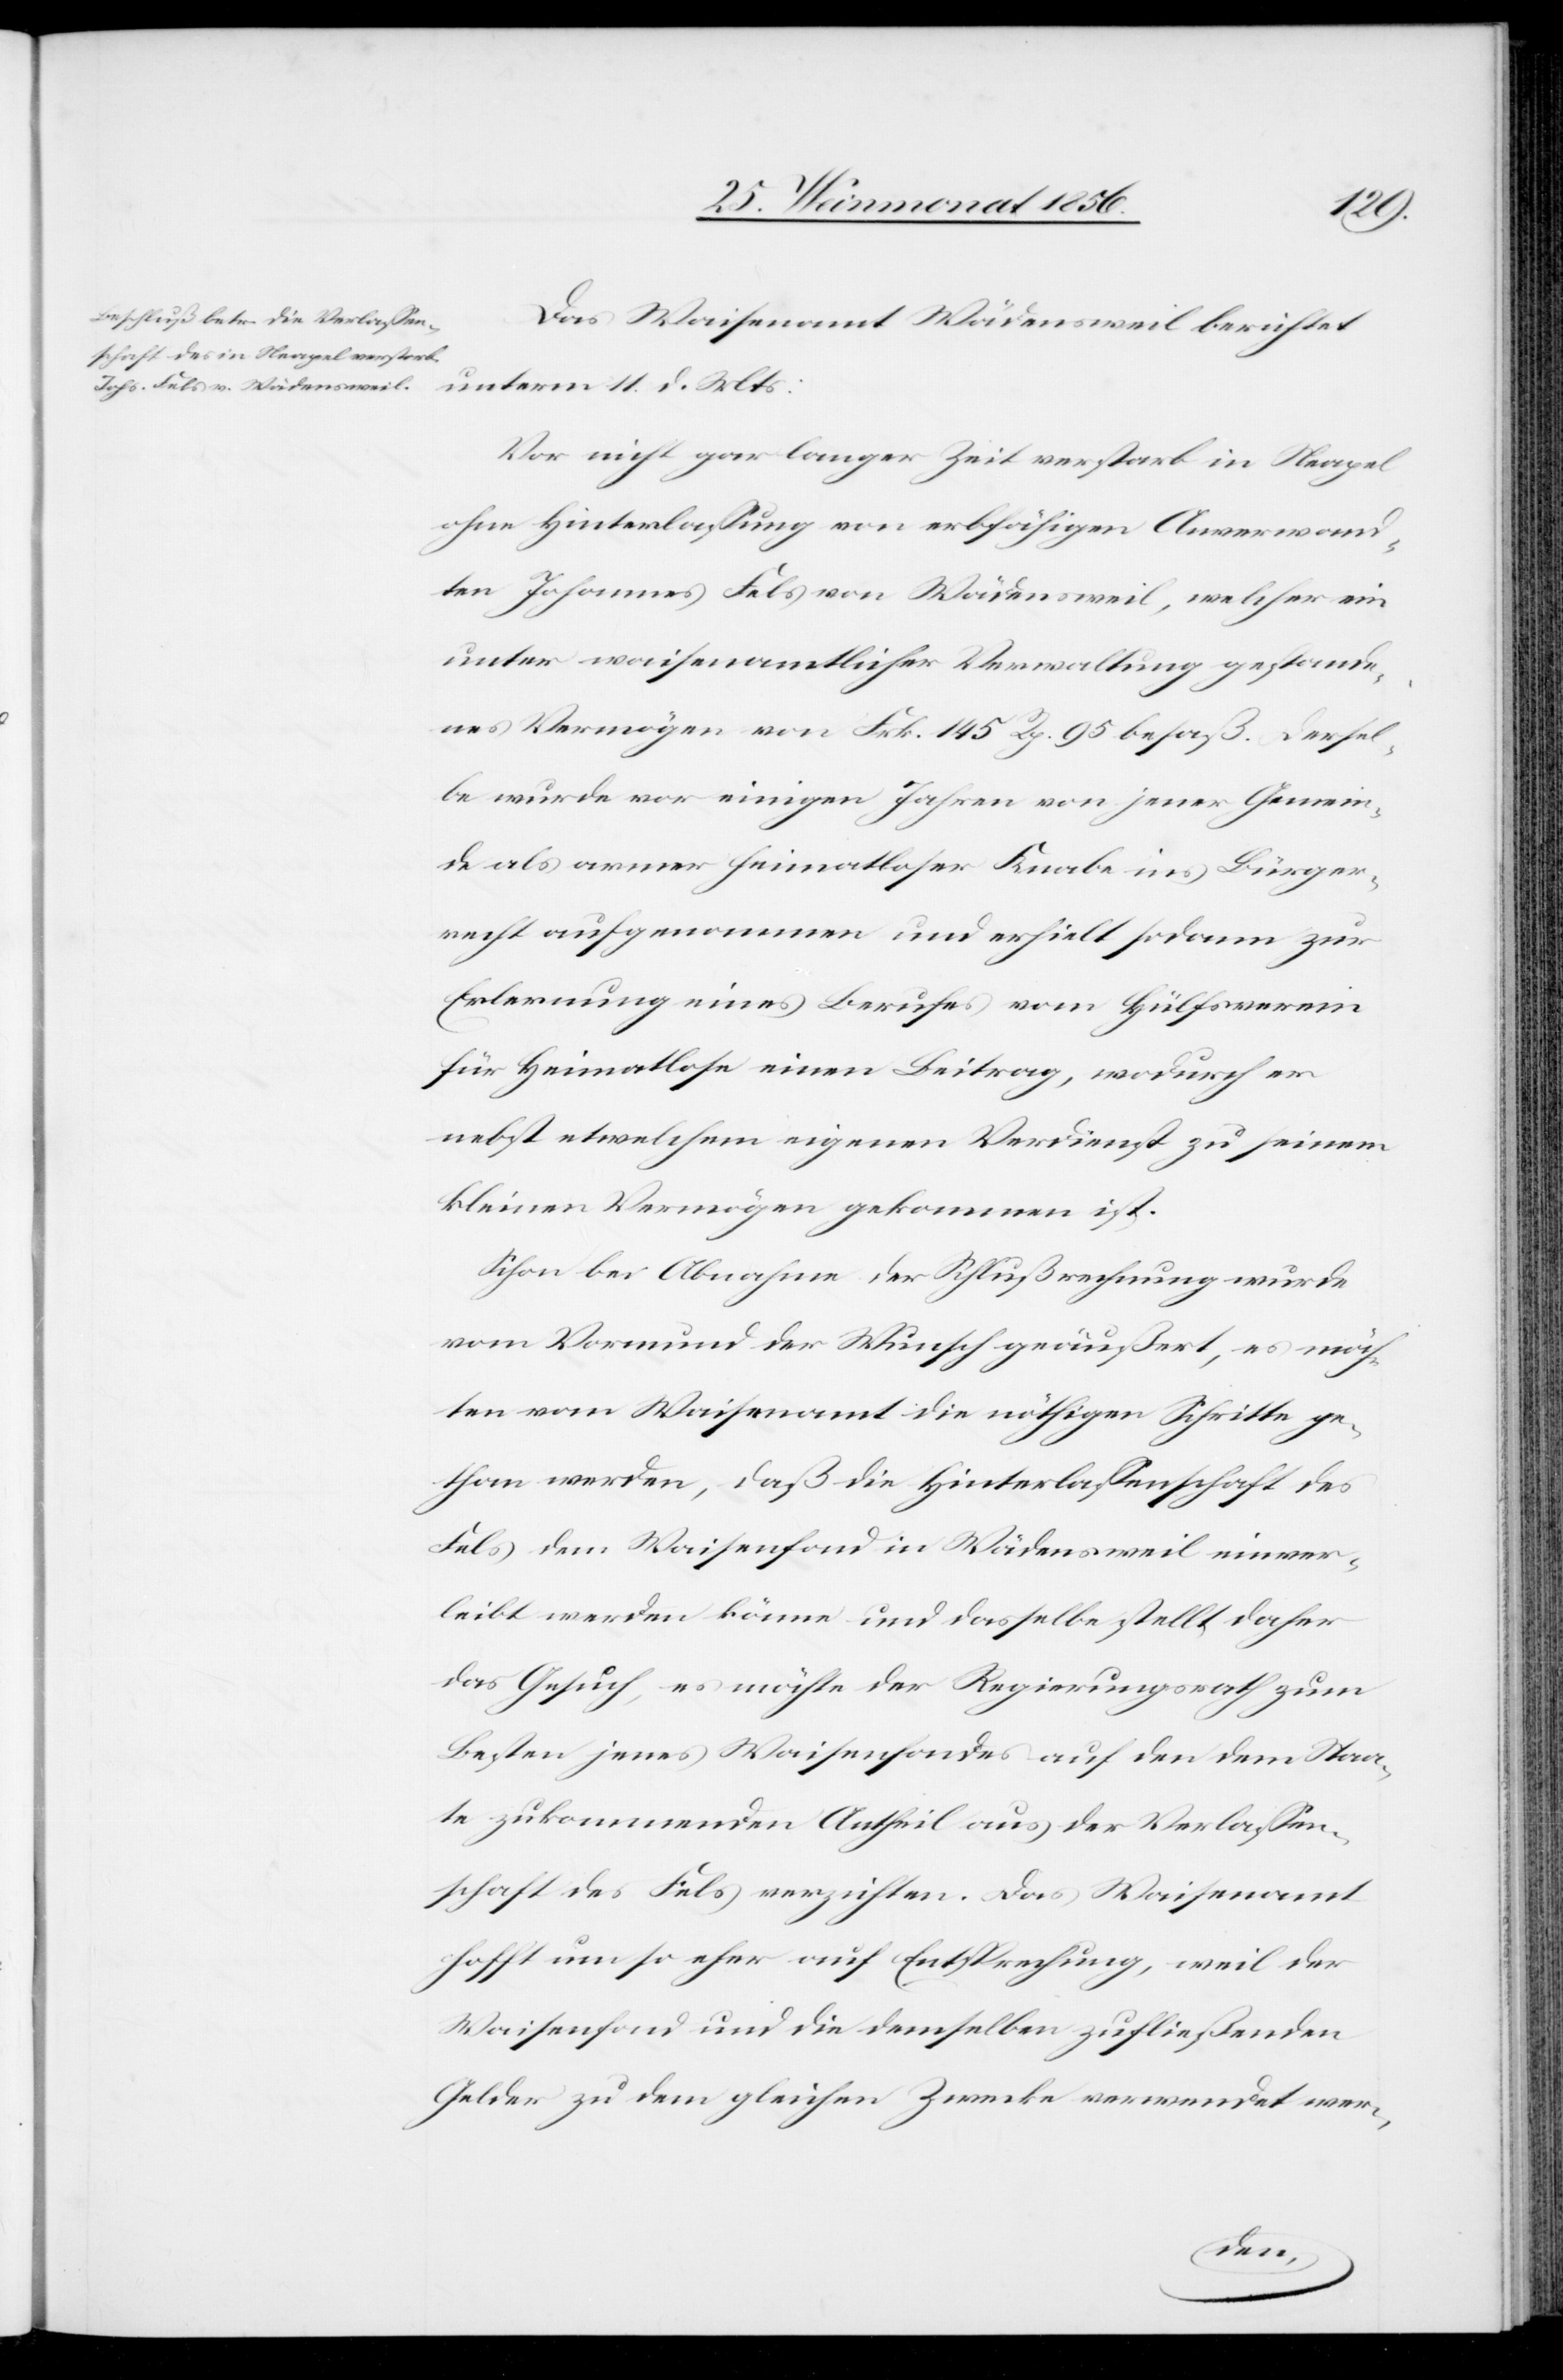
Das Waisenamt Wädensweil berichtet
unterm 11. d. Mts:
Vor nicht gar langer Zeit verstarb in Neapel
ohne Hinterlassung von erbfähigen Anverwand¬
ten Johannes Fels von Wädensweil, welcher ein
unter waisenamtlicher Verwaltung gestande¬
nes Vermögen von Frk. 145 Rp. 95 besaß. Dersel¬
be wurde vor einigen Jahren von jener Gemein¬
de als armer heimatloser Knabe ins Bürger¬
recht aufgenommen und erhielt sodann zur
Erlernung eines Berufes vom Hülfsverein
für Heimatlose einen Beitrag, wodurch er
nebst etwelchem eigenen Verdienst zu seinem
kleinen Vermögen gekommen ist.
Schon bei Abnahme der Schlußrechnung wurde
vom Vormund der Wunsch geäußert, es möch¬
ten vom Waisenamt die nöthigen Schritte ge¬
than werden, daß die Hinterlassenschaft des
Fels dem Waisenfond in Wädensweil einver¬
leibt werden könne und dasselbe stellt daher
das Gesuch, es möchte der Regierungsrath zum
Besten jenes Waisenfondes auf den dem Staa¬
te zukommenden Antheil aus der Verlassen¬
schaft des Fels verzichten. Das Waisenamt
hofft um so eher auf Entsprechung, weil der
Waisenfond und die demselben zufließenden
Gelder zu dem gleichen Zwecke verwendet wer-